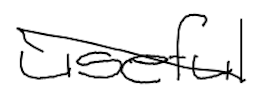
Text: useful
Cross-out: diagonal
Writing tool: digital_black